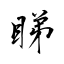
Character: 睇